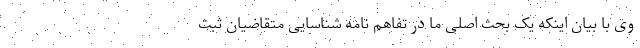
وی با بیان اینکه یک بحث اصلی ما در تفاهم نامه شناسایی متقاضیان ثبت